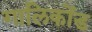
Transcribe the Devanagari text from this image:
गालिकोंड